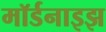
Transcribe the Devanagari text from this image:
मॉर्डनाइझ